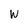
Character: w